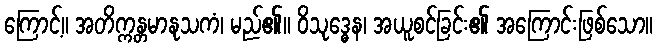
ကြောင့်။ အတိက္ကန္တမာနုသကံ၊ မည်၏။ ဝိသုဒ္ဓေန၊ အယူစင်ခြင်း၏ အကြောင်းဖြစ်သော။